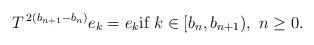
LaTeX: \begin{align*}T^{\,2(b_{n+1}-b_n)}e_k=e_k\textrm{if}\ k\in [b_n,b_{n+1}),\ n\ge 0.\end{align*}